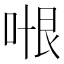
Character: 𭈍